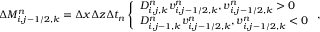
\begin{array} { r } { \Delta M _ { i , j - 1 / 2 , k } ^ { n } = \Delta x \Delta z \Delta t _ { n } \left\{ \begin{array} { l l } { D _ { i , j , k } ^ { n } v _ { i , j - 1 / 2 , k } ^ { n } , v _ { i , j - 1 / 2 , k } ^ { n } > 0 } \\ { D _ { i , j - 1 , k } ^ { n } v _ { i , j - 1 / 2 , k } ^ { n } , v _ { i , j - 1 / 2 , k } ^ { n } < 0 } \end{array} \right. , } \end{array}